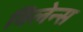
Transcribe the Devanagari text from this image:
विलेन्स